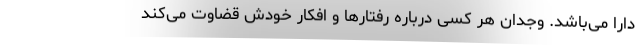
دارا می‌باشد. وجدان هر کسی درباره رفتارها و افکار خودش قضاوت می‌کند